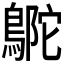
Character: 𪂊